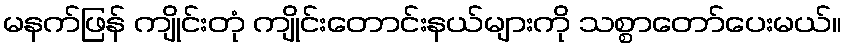
မနက်ဖြန် ကျိုင်းတုံ ကျိုင်းတောင်းနယ်များကို သစ္စာတော်ပေးမယ်။